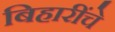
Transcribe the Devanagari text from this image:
बिहारींचे